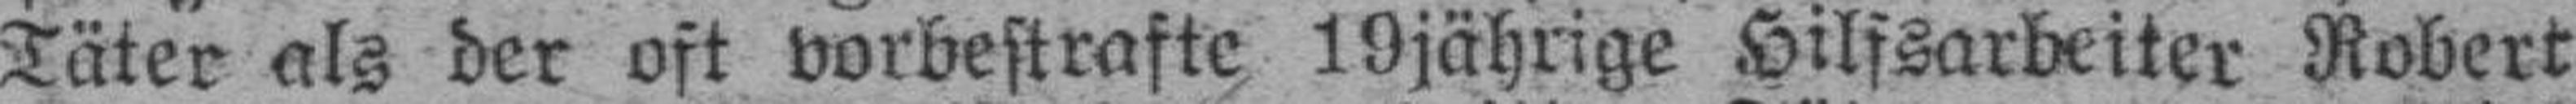
Täter als der oft vorbestrafte 19jährige Hilfsarbeiter Robert